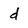
Character: d